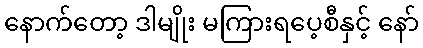
နောက်တော့ ဒါမျိုး မကြားရပေ့စီနှင့် နော်